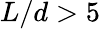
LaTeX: L/d>5